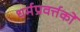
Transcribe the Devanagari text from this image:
धर्मप्रवर्त्तकों